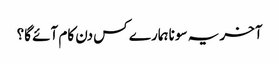
آخر یہ سونا ہمارے کس دن کام آئے گا؟